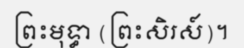
ព្រះមុទ្ធា (ព្រះសិរស៍)។